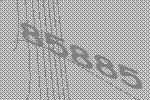
85885